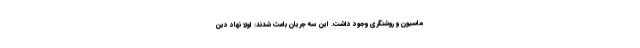
ماسیون و روشنگری وجود داشت. این سه جریان باعث شدند: اولاً نهاد دین